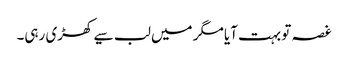
غصہ تو بہت آیا مگر میں لب سیے کھڑی رہی۔